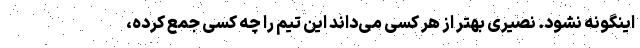
اینگونه نشود. نصیری بهتر از هر کسی می‌داند این تیم را چه کسی جمع کرده،